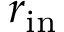
r _ { \mathrm { i n } }